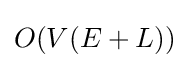
O(V(E+L))